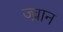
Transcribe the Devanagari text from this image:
ज्व्रान